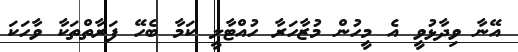
އޭނާ ވިދާޅުވީ އެ މީހުން މުޒާހަރާ ހުއްޓާލީ ކަމާ ބެހޭ ފަރާތްތަކާ ވާހަކަ